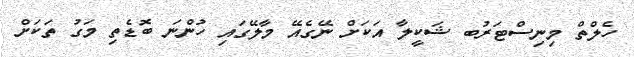
ހެލްތް މިނިސްޓަރުބ ޝަކީލާ އަކަށް ނޭގެއޭ މާލޭގައި ހުންނަ ބޮޑެތި މަގު ތަކަށް